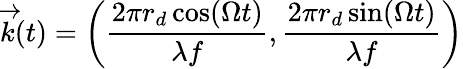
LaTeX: \overrightarrow{k}(t)=\left(\frac{2\pi r_{d}\cos(\Omega t)}{\lambda f},\frac{2\pi r_{d}\sin(\Omega t)}{\lambda f}\right)